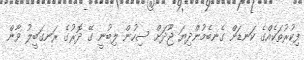
ފިކުރުތަކެއްގެ ކަނޑަށް ގެނބެމުންދިޔަ ޖޫދަށް ސިހުން ލިބުނީ ގޭ ދޮރުގެ ރަނގަބީލު ވާން